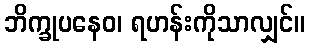
ဘိက္ခုပနေဝ၊ ရဟန်းကိုသာလျှင်။